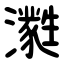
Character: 㶋